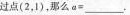
过点(2，1)，那么$$a = ___$$.